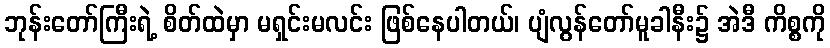
ဘုန်းတော်ကြီးရဲ့ စိတ်ထဲမှာ မရှင်းမလင်း ဖြစ်နေပါတယ်၊ ပျံလွန်တော်မူခါနီး၌ အဲဒီ ကိစ္စကို